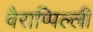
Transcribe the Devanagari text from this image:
वैराप्पिल्ली